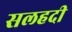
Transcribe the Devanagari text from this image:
सलहदी